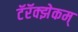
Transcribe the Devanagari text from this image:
टॅरॅक्झेकम्‌